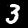
Label: 3